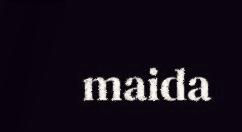
maida